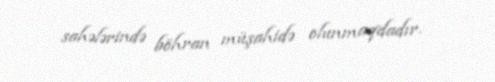
sahələrində böhran müşahidə olunmaqdadır.